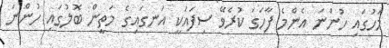
މަހުގައި ހުންނަ އެންމެ ފާހަގަ ކުރެވޭ ސިފައަކީ އަނގައިގެ މަތީން ބޮލުގައި ހުންނަ